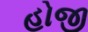
હોજી